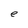
Character: e